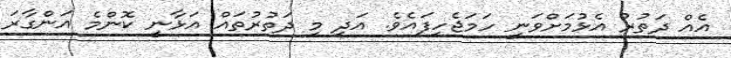
އެއް ދަތުރު އެޅުމަށްވަނީ ހަމަޖެހިފައެވެ. އަދި މި ދަތުރުތައް އަޅާނީ ކޮންމެ އަންގާރަ